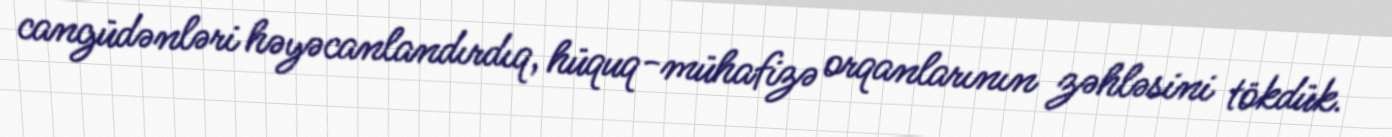
cangüdənləri həyəcanlandırdıq, hüquq-mühafizə orqanlarının zəhləsini tökdük.